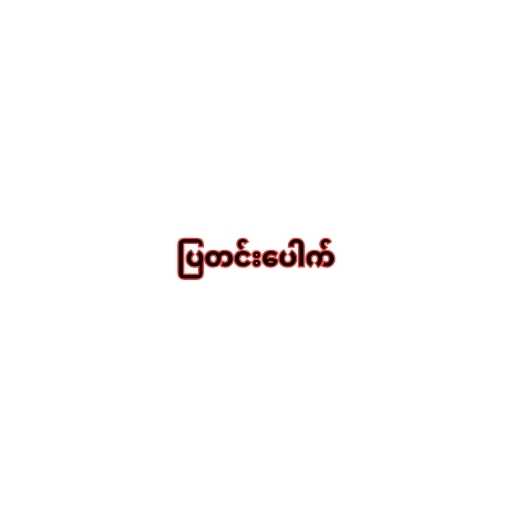
ပြတင်းပေါက်